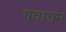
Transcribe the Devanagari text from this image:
गवायन